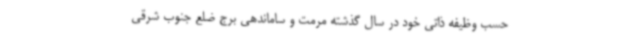
حسب وظیفه ذاتی خود در سال گذشته مرمت و ساماندهی برج ضلع جنوب شرقی